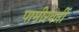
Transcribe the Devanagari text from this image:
पामीरवर्ती